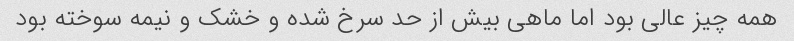
همه چیز عالی بود اما ماهی بیش از حد سرخ شده و خشک و نیمه سوخته بود